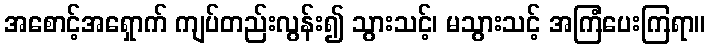
အစောင့်အရှောက် ကျပ်တည်းလွန်း၍ သွားသင့်၊ မသွားသင့် အကြံပေးကြရာ။